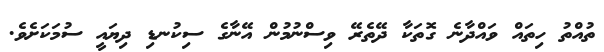
ތުއްތު ހިތައް ވައްދާނެ ގޮތަކާ ދޭތެރޭ ވިސްނުމުން އޭނާގެ ސިކުނޑި ދިޔައީ ސުމަކަށެވެ.